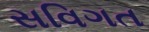
સવિગત